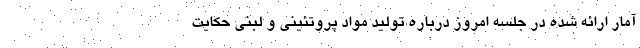
آمار ارائه شده در جلسه امروز درباره تولید مواد پروتئینی و لبنی حکایت